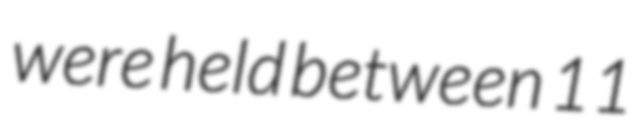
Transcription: were held between 11